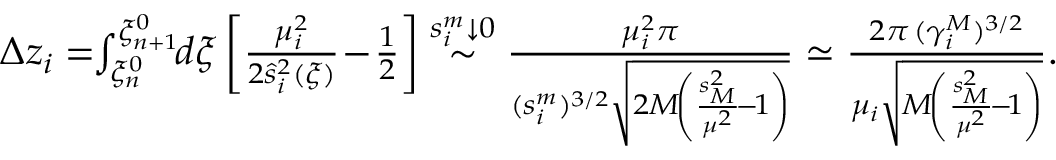
\begin{array} { r } { \Delta z _ { i } = \! \! \int _ { \xi _ { n } ^ { 0 } } ^ { \xi _ { n + 1 } ^ { 0 } } \! \! d \xi \left[ \frac { \mu _ { i } ^ { 2 } } { 2 \hat { s } _ { i } ^ { 2 } ( \xi ) } \! - \! \frac 1 2 \right] \stackrel { s _ { i } ^ { m } \downarrow 0 } { \sim } \frac { \mu _ { i } ^ { 2 } \pi } { ( s _ { i } ^ { m } ) ^ { 3 / 2 } \sqrt { 2 M \! \left( \frac { s _ { { \scriptscriptstyle M } } ^ { 2 } } { \mu ^ { 2 } } \! - \! 1 \right) } } \simeq \frac { 2 \pi \, ( \gamma _ { i } ^ { { \scriptscriptstyle M } } ) ^ { 3 / 2 } } { \mu _ { i } \sqrt { M \! \left( \frac { s _ { { \scriptscriptstyle M } } ^ { 2 } } { \mu ^ { 2 } } \! - \! 1 \right) } } . } \end{array}